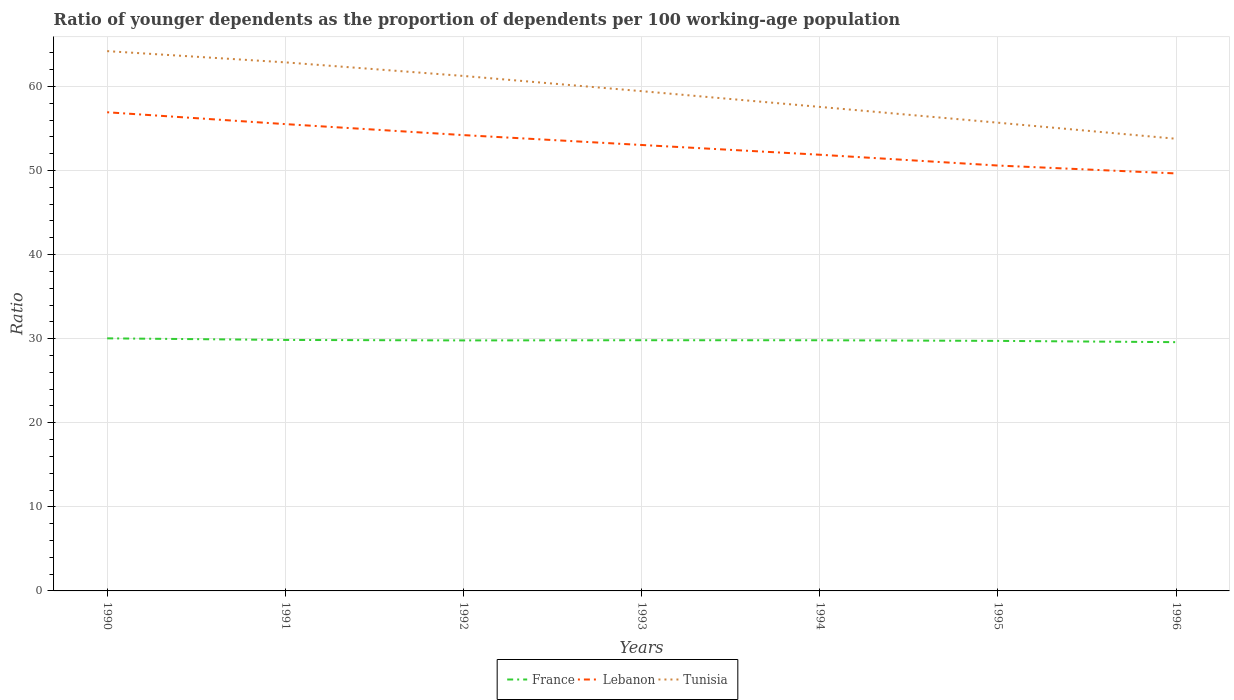
| Years | France | Lebanon | Tunisia |
 | --- | --- | --- | --- |
 | 1990 | 30 | 56.9 | 64.2 |
 | 1991 | 29.8 | 55.5 | 62.9 |
 | 1992 | 29.8 | 54.2 | 61.2 |
 | 1993 | 29.8 | 53 | 59.4 |
 | 1994 | 29.8 | 51.9 | 57.6 |
 | 1995 | 29.7 | 50.6 | 55.7 |
 | 1996 | 29.6 | 49.6 | 53.8 |